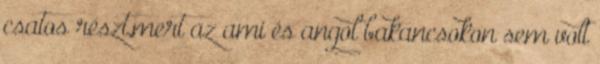
csatos részt,mert az ami és angol bakancsokon sem volt